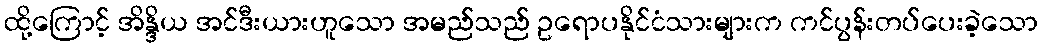
ထို့ကြောင့် အိန္ဒိယ အင်ဒီးယားဟူသော အမည်သည် ဥရောပနိုင်ငံသားများက ကင်ပွန်းတပ်ပေးခဲ့သော